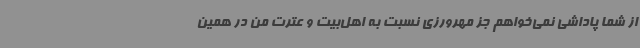
از شما پاداشی نمی‌خواهم جز مهرورزی نسبت به اهل‌بیت و عترت من در همین